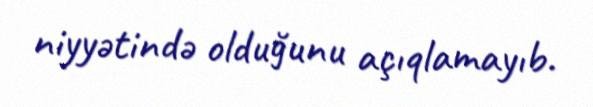
niyyətində olduğunu açıqlamayıb.